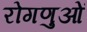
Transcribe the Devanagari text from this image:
रोगणुओं